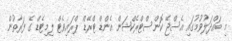
މި ބައްދަލުވުމުގައި އެސްޖޭ ކޮންސްޓްރެކްޝަން އެންޑް ޓްރޭޑް ޕްރައިވެޓް ލިމިޓެޑް ގެ ފަރާތުން